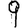
Digit: 9